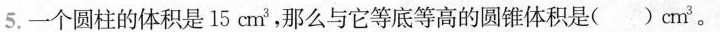
5.一个圆柱的体积是15cm^{3}，那么与它等底等高的圆锥体积是( )cm^{3}。